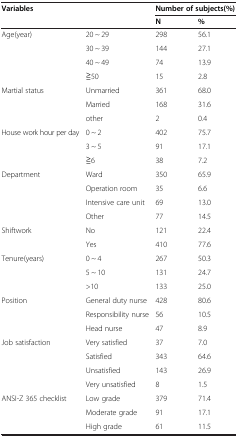
<table><thead><tr><td><b>Variables</b></td><td></td><td colspan="2"><b>Number of subjects(%)</b></td></tr><tr><td></td><td></td><td><b>N</b></td><td><b>%</b></td></tr></thead><tbody><tr><td>Age(year)</td><td>20 ~ 29</td><td>298</td><td>56.1</td></tr><tr><td></td><td>30 ~ 39</td><td>144</td><td>27.1</td></tr><tr><td></td><td>40 ~ 49</td><td>74</td><td>13.9</td></tr><tr><td></td><td>≧50</td><td>15</td><td>2.8</td></tr><tr><td>Martial status</td><td>Unmarried</td><td>361</td><td>68.0</td></tr><tr><td></td><td>Married</td><td>168</td><td>31.6</td></tr><tr><td></td><td>other</td><td>2</td><td>0.4</td></tr><tr><td>House work hour per day</td><td>0 ~ 2</td><td>402</td><td>75.7</td></tr><tr><td></td><td>3 ~ 5</td><td>91</td><td>17.1</td></tr><tr><td></td><td>≧6</td><td>38</td><td>7.2</td></tr><tr><td>Department</td><td>Ward</td><td>350</td><td>65.9</td></tr><tr><td></td><td>Operation room</td><td>35</td><td>6.6</td></tr><tr><td></td><td>Intensive care unit</td><td>69</td><td>13.0</td></tr><tr><td></td><td>Other</td><td>77</td><td>14.5</td></tr><tr><td>Shiftwork</td><td>No</td><td>121</td><td>22.4</td></tr><tr><td></td><td>Yes</td><td>410</td><td>77.6</td></tr><tr><td>Tenure(years)</td><td>0 ~ 4</td><td>267</td><td>50.3</td></tr><tr><td></td><td>5 ~ 10</td><td>131</td><td>24.7</td></tr><tr><td></td><td>&gt;10</td><td>133</td><td>25.0</td></tr><tr><td>Position</td><td>General duty nurse</td><td>428</td><td>80.6</td></tr><tr><td></td><td>Responsibility nurse</td><td>56</td><td>10.5</td></tr><tr><td></td><td>Head nurse</td><td>47</td><td>8.9</td></tr><tr><td>Job satisfaction</td><td>Very satisfied</td><td>37</td><td>7.0</td></tr><tr><td></td><td>Satisfied</td><td>343</td><td>64.6</td></tr><tr><td></td><td>Unsatisfied</td><td>143</td><td>26.9</td></tr><tr><td></td><td>Very unsatisfied</td><td>8</td><td>1.5</td></tr><tr><td>ANSI-Z 365 checklist</td><td>Low grade</td><td>379</td><td>71.4</td></tr><tr><td></td><td>Moderate grade</td><td>91</td><td>17.1</td></tr><tr><td></td><td>High grade</td><td>61</td><td>11.5</td></tr></tbody></table>